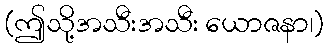
(ဤသို့အသီးအသီး ယောဇနာ၊)